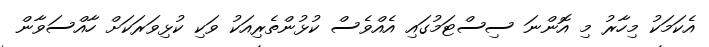
އެކަމަކު މިހާރު މި އޮންނަ ސިސްޓަމުގައި އެއްވެސް ކުޅުންތެރިއަކު ވަކި ކުޅިވަރަކަށް ހާއްސަވާން